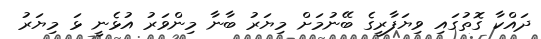
ދައްކާ ގޮތުގައި ވިޔަފާރީގެ ބޭނުމަށް މިޔަރު ބާނާ މިންވަރު އުޅެނީ ޅަ މިޔަރު